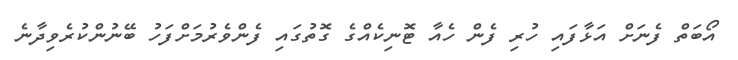
އޯބަތް ފެނަށް އަޅާފައި ހުރި ފެން ހެއާ ޓޮނިކެއްގެ ގޮތުގައި ފެންވެރުމަށްފަހު ބޭނުންކުރެވިދާނެ